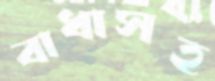
বাধাসহ